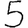
Digit: 5